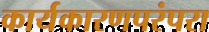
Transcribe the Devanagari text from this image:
कार्यकारणपरंपरा